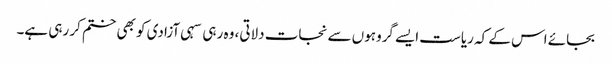
بجائے اس کے کہ ریاست ایسے گروہوں سے نجات دلاتی، وہ رہی سہی آزادی کو بھی ختم کر رہی ہے۔